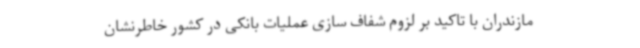
مازندران با تاکید بر لزوم شفاف سازی عملیات بانکی در کشور خاطرنشان